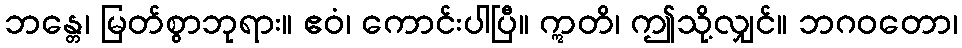
ဘန္တေ၊ မြတ်စွာဘုရား။ ဧဝံ၊ ကောင်းပါပြီ။ ဣတိ၊ ဤသို့လျှင်။ ဘဂဝတော၊